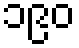
၁၉၀